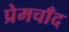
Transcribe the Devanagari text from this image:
प्रेमचाँद